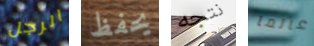
الرجل يحفظ نتجه عالما